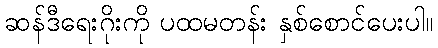
ဆန်ဒီရေးဂိုးကို ပထမတန်း နှစ်စောင်ပေးပါ။